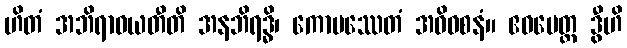
ဟိတံ အဘိရာဓယတီတိ အနဘိရဒ္ဓိ၊ ကောပဿေတံ အဓိဝစနံ။ ဧဝမေတ္ထ ဒွီဟိ